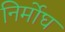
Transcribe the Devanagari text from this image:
निर्मोघ